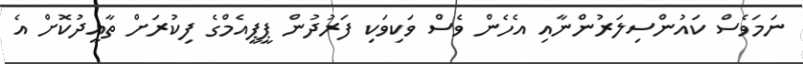
ނަމަވެސް ކައުންސިލަރުންނާއި އެހެން ވެސް ވަކިވަކި ފަރުދުން ޕީޕީއެމްގެ ފިކުރަށް ތާއީދުކޮށް އެ